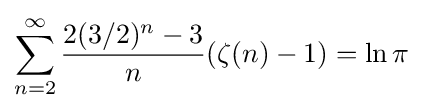
\sum _{n=2}^{\infty }{\frac {2(3/2)^{n}-3}{n}}(\zeta (n)-1)=\ln \pi